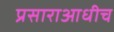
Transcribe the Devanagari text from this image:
प्रसाराआधीच